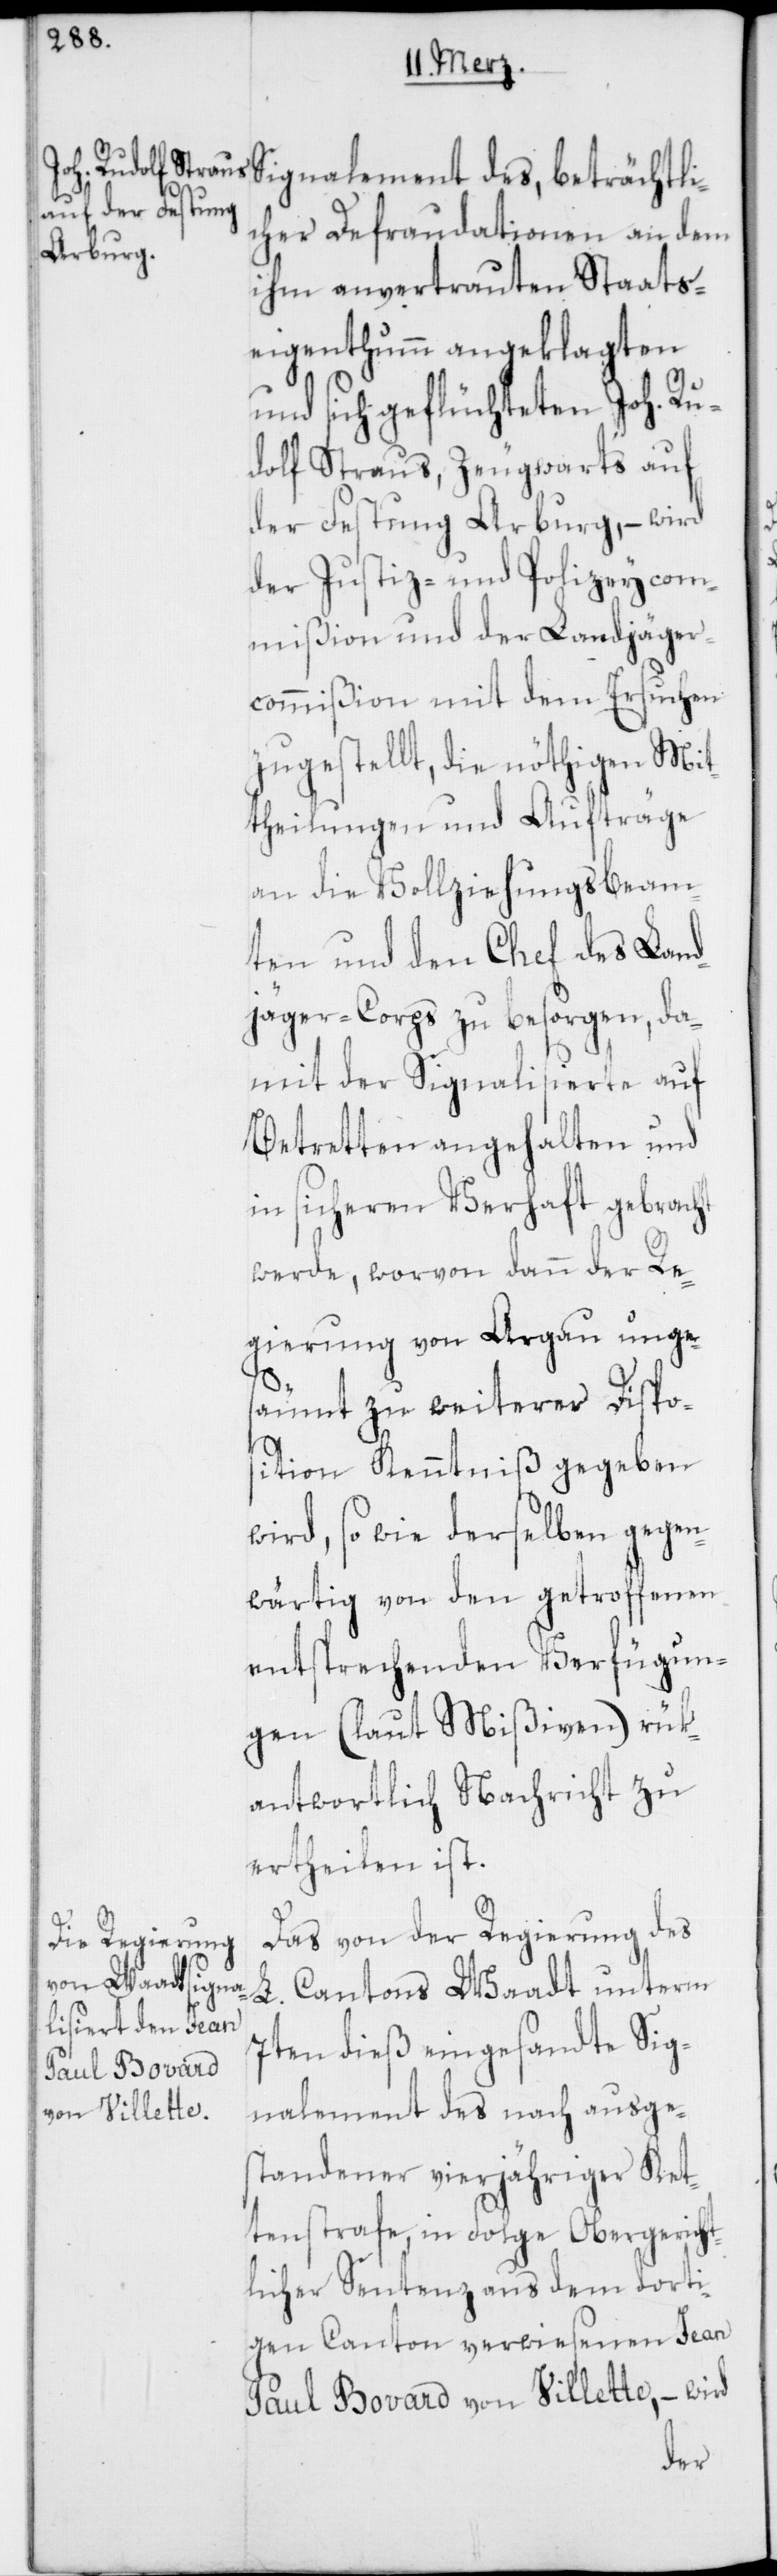
cher Defraudationen an dem
ihm anvertrauten Staats¬
eigenthum angeklagten
und sich geflüchteten Joh. Ru¬
dolf Straus, Zeugwarts auf
der Festung Arburg, – wird
der Justiz- und Polizeycom¬
mißion und der Landjäger¬
commißion mit dem Ersuchen
zugestellt, die nöthigen Mit¬
theilungen und Aufträge
an die Vollziehungsbeam¬
ten und den Chef des Land¬
jäger-Corps zu besorgen, da¬
mit der Signalisierte auf
Betretten angehalten und
in sicheren Verhaft gebracht
werde, worvon dann der Re¬
gierung von Argau unges¬
äumt zu weiterer Dispo¬
sition Kenntniß gegeben
wird, so wie derselben gegen¬
wärtig von den getroffenen
entsprechenden Verfügun¬
gen (laut Mißiven) rük¬
antwortlich Nachricht zu
ertheilen ist.
Das von der Regierung des
L. Cantons Waadt unterm
7ten dieß eingesandte Sig¬
des, beträchtli¬
nalement des nach ausge¬
standener vierjähriger Ket¬
tenstrafe, in Folge Obergericht¬
licher Sentenz aus dem dorti¬
gen Canton verwiesenen Jean
Paul Bovard von Villette, – wird